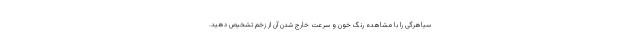
سیاهرگی را با مشاهده رنگ خون و سرعت خارج شدن آن از زخم تشخیص دهید.